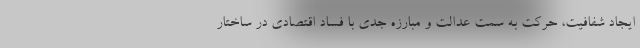
ایجاد شفافیت، حرکت به سمت عدالت و مبارزه جدی با فساد اقتصادی در ساختار